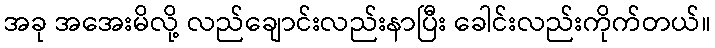
အခု အအေးမိလို့ လည်ချောင်းလည်းနာပြီး ခေါင်းလည်းကိုက်တယ်။